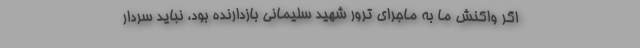
اگر واکنش ما به ماجرای ترور شهید سلیمانی بازدارنده بود، نباید سردار